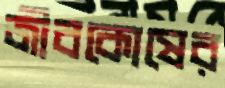
জীবকোষের